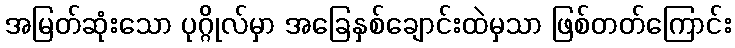
အမြတ်ဆုံးသော ပုဂ္ဂိုလ်မှာ အခြေနှစ်ချောင်းထဲမှသာ ဖြစ်တတ်ကြောင်း